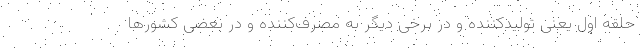
حلقه اول یعنی تولیدکننده و در برخی دیگر به مصرف‌کننده و در بعضی کشورها